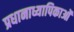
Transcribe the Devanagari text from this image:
प्रधानाध्यापिकाओं